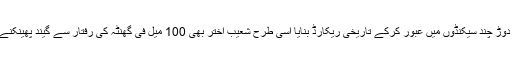
جس طرح بولٹ نے 100 میٹر کی دوڑ چند سیکنڈوں میں عبور کرکے تاریخی ریکارڈ بنایا اسی طرح شعیب اختر بھی 100 میل فی گھنٹہ کی رفتار سے گیند پھینکنے والے تاریخ کے پہلے گیندباز بنے۔